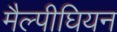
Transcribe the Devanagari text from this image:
मैल्पीघियन